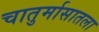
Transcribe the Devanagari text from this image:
चातुर्मासातला